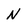
Character: N